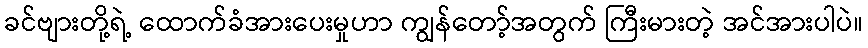
ခင်ဗျားတို့ရဲ့ ထောက်ခံအားပေးမှုဟာ ကျွန်တော့်အတွက် ကြီးမားတဲ့ အင်အားပါပဲ။